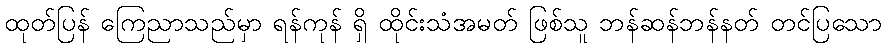
ထုတ်ပြန် ကြေညာသည်မှာ ရန်ကုန် ရှိ ထိုင်းသံအမတ် ဖြစ်သူ ဘန်ဆန်ဘန်နတ် တင်ပြသော